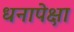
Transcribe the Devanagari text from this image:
धनापेक्षा